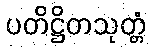
ပတိဋ္ဌိတသုတ္တံ